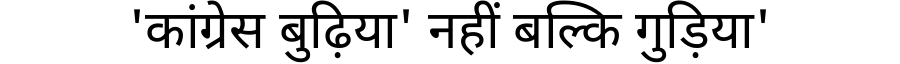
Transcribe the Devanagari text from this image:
'कांग्रेस बुढ़िया' नहीं बल्कि गुड़िया'